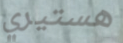
هستيري